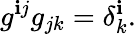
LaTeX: g^{\mathbf{i}j}g_{jk}=\delta_{k}^{\mathbf{i}}.